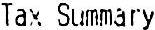
TAX SUMMARY